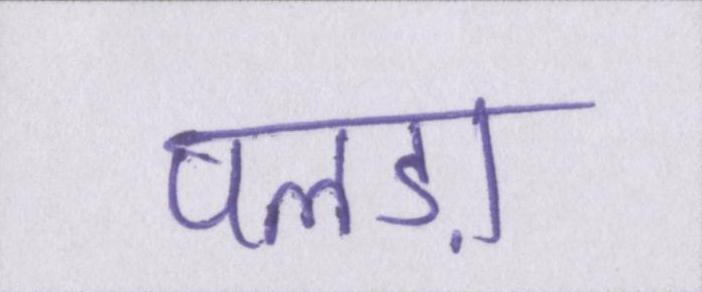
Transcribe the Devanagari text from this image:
पलड़ा